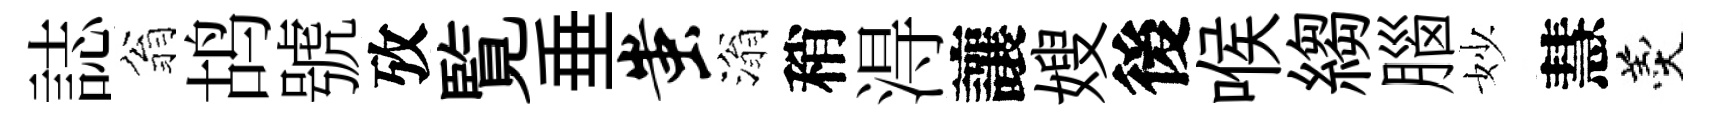
誌翁鸪號攷覧垂蚩滃稍淂讓嫂後喉縐腦妙慧羹